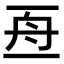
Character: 𠄭